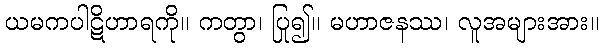
ယမကပါဋိဟာရကို။ ကတွာ၊ ပြု၍။ မဟာဇနဿ၊ လူအများအား။